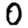
Digit: 0